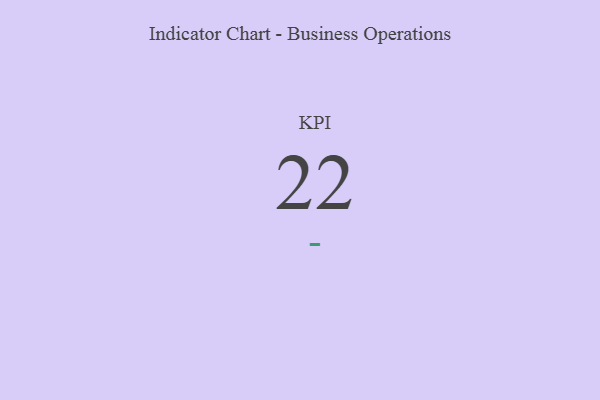
{"axis": {"x": "KPI", "y": "Value"}, "legend": [""], "data": [{"x": "KPI", "y": 22, "type": ""}]}